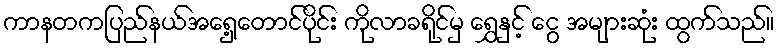
ကာနတကပြည်နယ်အရှေ့တောင်ပိုင်း ကိုလာခရိုင်မှ ရွှေနှင့် ငွေ အများဆုံး ထွက်သည်။